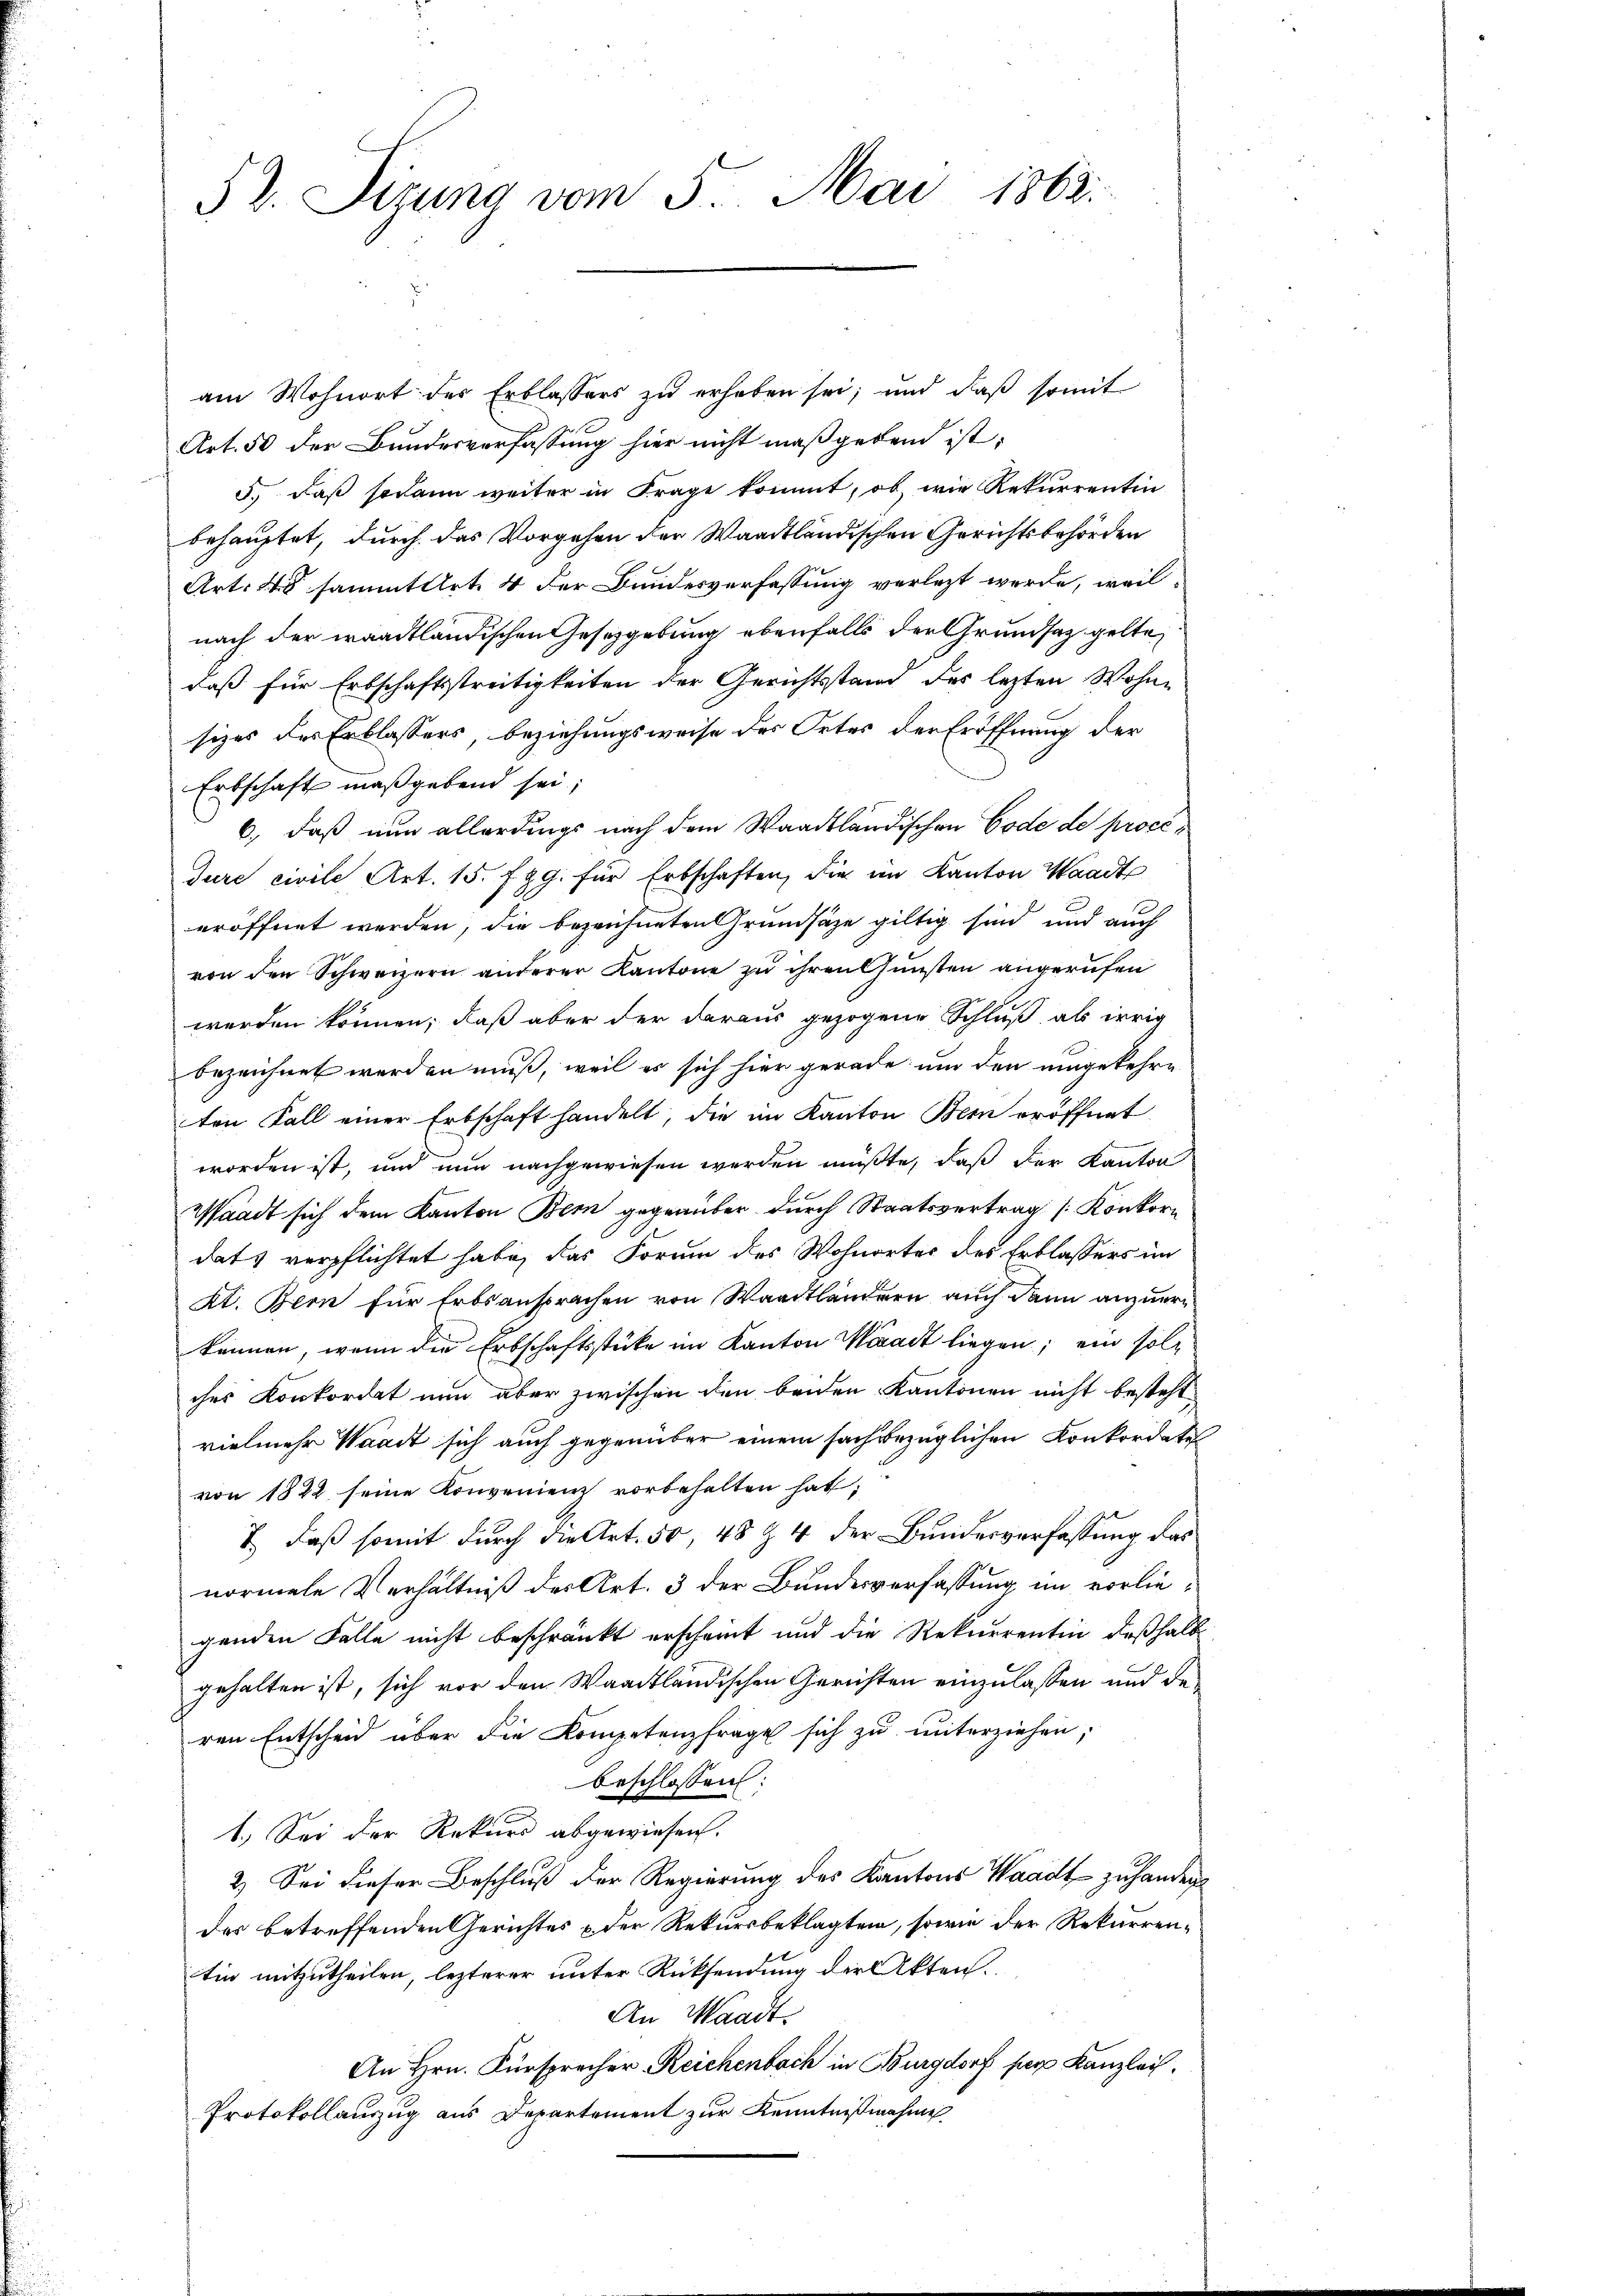
52. Sizung vom 5. Mai 1863.

am Wohnort der Erblassers zu erheben sei; und daß somit
Art. 50 der Bundesverfassung hier nicht maßgebend ist.
5., daß sodann weiter in Frage kommt, ob, wie Rekurrentin
behauptet, durch das Vorgehen der Waadtländischen Gerichtsbehörden
Art. 4 sammtiert. 4 der Bundesverfassung verletzt werde, weil
nach der waadtländischen Gesetzgebung ebenfalls der Grundsatz gelte,
daß für Erbschaftsstreitigkeiten der Gerichtsstand des lezten Wohnsizes des Erblassers beziehungsweise des Ortes der Eröffnung der
Erbschaft maßgebend sei,
6., daß nun allerdings nach dem Waadtländischen Code de proce¬
Jure civile Art. 15. fyg. für Erbschaften, die im Kanton Waadt
eröffnet werden, die bezeichneten Grundsätze giltig sind und auch
von den Schweizern anderer Kantone zu ihren Gunsten angerufen
werden können, daß aber der daraus gezogene Schluß als irrig
bezeichnet werden muß, weil es sich hier gerade um den umgekehre
ten Fall einer Erbschaft handelt, die im Kanton Bern eröffnet
worden ist, und nun nachgewiesen werden müßte, daß der Kanton
Waadt sich dem Kanton Bern gegenüber durch Staatsvertrag [Konkorn
dats verpflichtet habe, das Form des Wohnortes des Erblassers im
Kt. Bern für Erbsansprachen von Waadtländern auch dann anzuer
können, wenn die Erbschaftsstücke im Kanton Waadt liegen; ein solches Konkordat nun aber zwischen den beiden Kantonen nicht besteht,
vielmehr Waadt sich auch gegenüber einem sachbezüglichen Konkordati
von 1822 seine Konvenienz vorbehalten hat,
7.) Daß somit durch die Art. 50, 48 Z. 4 der Bundesverfassung das
normale Verhältniß des Art. 3 der Bundesverfassung im vorliegenden Falle nicht beschränkt erscheint und die Rekurrentin deßhalb
gehalten ist, sich vor den Waadtländischen Gerichten einzulassen und deren Entscheid über die Kompetenzfrage sich zu unterziehen;
beschlossen:
1.) Sei der Rekurs abgewiesen.
2.) Sei dieser Beschluß der Regierung des Kantons Waadt zu handen
des betreffenden Gerichtes & der Rekursbeklagten, sowie der Rekurrentin mitzutheilen, lezterer unter Rücksendung der Akten.
An Waadt
An Hrn. Fürsprecher Reichenbach in Burgdorf par Kanzlei
Protokollauszug aus Departement zur Kenntnißnahme